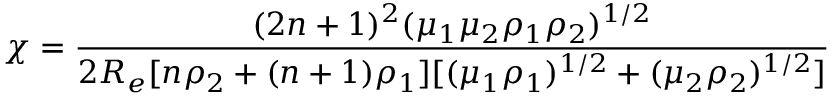
\chi = \frac { ( 2 n + 1 ) ^ { 2 } ( \mu _ { 1 } \mu _ { 2 } \rho _ { 1 } \rho _ { 2 } ) ^ { 1 / 2 } } { 2 R _ { e } [ n \rho _ { 2 } + ( n + 1 ) \rho _ { 1 } ] [ ( \mu _ { 1 } \rho _ { 1 } ) ^ { 1 / 2 } + ( \mu _ { 2 } \rho _ { 2 } ) ^ { 1 / 2 } ] }